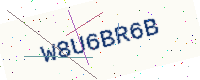
Text: W8U6BR6B